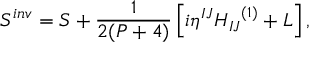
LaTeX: S ^ { i n v } = S + \frac { 1 } { 2 ( P + 4 ) } \left[ i { \eta } ^ { I J } { H _ { I J } } ^ { ( 1 ) } + L \right] ,